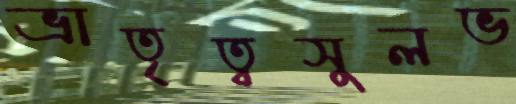
ভ্রাতৃত্বসুলভ